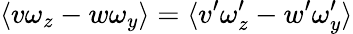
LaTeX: \langle v\omega_{z}-w\omega_{y}\rangle=\langle v^{\prime}\omega_{z}^{\prime}-w^{\prime}\omega_{y}^{\prime}\rangle